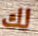
لك